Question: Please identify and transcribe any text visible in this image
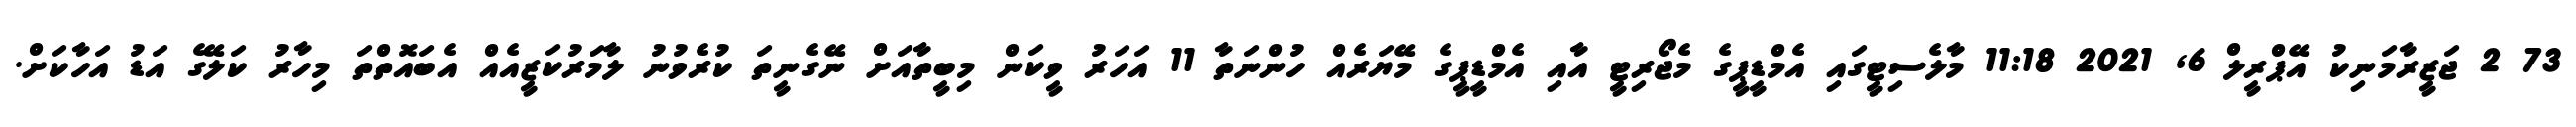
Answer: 73 2 ޖަޒީރާމަނިކު އޭޕްރީލް 6, 2021 11:18 މާލެސިޓީގައި އެމްޑީޕީގެ މެޖޯރިޓީ އާއި އެމްޑީޕީގެ މޭޔަރެއް ހުންނަތާ 11 އަހަރު ވީކަން މިބީތާއަށް ނޭގެނީތަ ކުރެވުނު ލާމަރުކަޒީއެއް އެބައޮތްތަ މިހާރު ކަލޭގެ އަޑު އަހާކަށް.